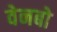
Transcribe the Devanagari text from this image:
वेनबो